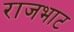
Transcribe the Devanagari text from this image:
राजभाट